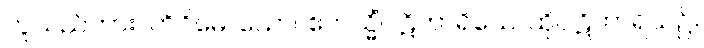
ဟူသည်ကား။ တိဝိဓေ၊ သော။ ဧတသ္မိံပါဋိဟာရိယေ၊ ထိုပါဋိဟာရိယ၌။